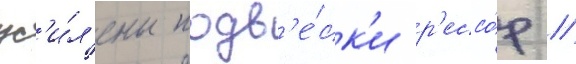
ус'и́л'ены подв'е́ск'и р'ессо́р /